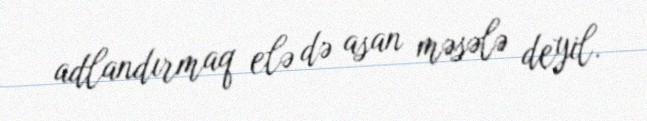
adlandırmaq elə də asan məsələ deyil.